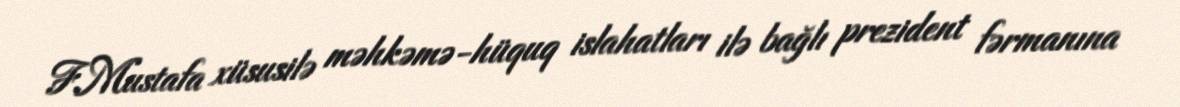
F.Mustafa xüsusilə məhkəmə-hüquq islahatları ilə bağlı prezident fərmanına